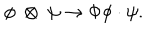
\phi ~ \otimes ~ \psi \rightarrow \Phi \phi \cdot \psi .